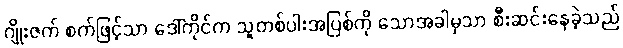
ဂျိုးဇက် စက်ဖြင့်သာ ဒေါ်ကိုင်က သူတစ်ပါးအပြစ်ကို သောအခါမှသာ စီးဆင်းနေခဲ့သည်